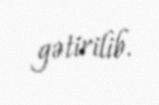
gətirilib.